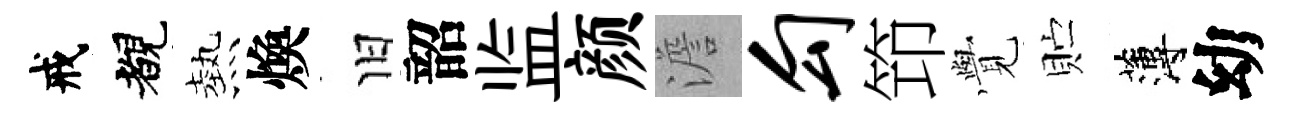
戒覩熱煥旧韶监颜澹勾笻𮗜贮薄幼